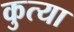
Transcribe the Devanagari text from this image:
कुत्या